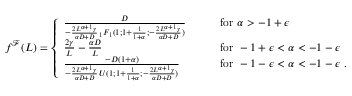
\begin{array} { r } { f ^ { \mathcal { F } } ( L ) = \left\{ \begin{array} { l l } { \frac { D } { - \frac { 2 L ^ { \alpha + 1 } \gamma } { \alpha D + D } \, _ { 1 } F _ { 1 } ( 1 ; 1 + \frac { 1 } { 1 + \alpha } ; - \frac { 2 L ^ { \alpha + 1 } \gamma } { \alpha D + D } ) } \qquad } & { \mathrm { f o r } \ \alpha > - 1 + \epsilon } \\ { \frac { 2 \gamma } { L } - \frac { \alpha D } { L } \qquad } & { \mathrm { f o r } \ - 1 + \epsilon < \alpha < - 1 - \epsilon } \\ { \frac { - D ( 1 + \alpha ) } { - \frac { 2 L ^ { \alpha + 1 } \gamma } { \alpha D + D } \, U ( 1 ; 1 + \frac { 1 } { 1 + \alpha } ; - \frac { 2 L ^ { \alpha + 1 } \gamma } { \alpha D + D } ) } \qquad } & { \mathrm { f o r } \ - 1 - \epsilon < \alpha < - 1 - \epsilon \ . } \end{array} \right. } \end{array}